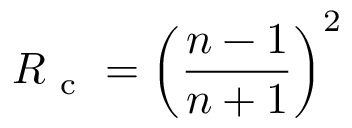
R _ { \mathrm { ~ c ~ } } = \left( \frac { n - 1 } { n + 1 } \right) ^ { 2 }